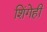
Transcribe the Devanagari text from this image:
शिंगेही